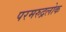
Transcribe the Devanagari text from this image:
परमरुद्रलोक